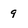
Character: 9